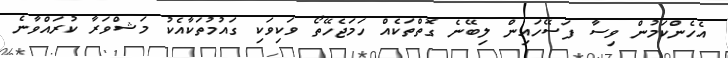
އެހެންކަމުން ވިސާ ފަސޭހައިން ލިބޭނެ ގޮތްތަކެއް ހަމަޖެހޭތޯ ވަކިވަކި ގައުމުތަކާއެކު މަޝްވަރާ ކުރައްވާނެ